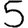
Digit: 5